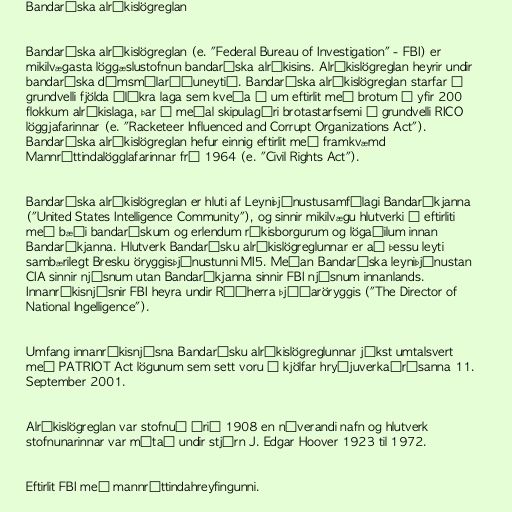
Bandaríska alríkislögreglan

Bandaríska alríkislögreglan (e. "Federal Bureau of Investigation" - FBI) er
mikilvægasta löggæslustofnun bandaríska alríkisins. Alríkislögreglan heyrir undir
bandaríska dómsmálaráðuneytið. Bandaríska alríkislögreglan starfar á
grundvelli fjölda ólíkra laga sem kveða á um eftirlit með brotum á yfir 200
flokkum alríkislaga, þar á meðal skipulagðri brotastarfsemi á grundvelli RICO
löggjafarinnar (e. "Racketeer Influenced and Corrupt Organizations Act").
Bandaríska alríkislögreglan hefur einnig eftirlit með framkvæmd
Mannréttindalögglafarinnar frá 1964 (e. "Civil Rights Act").

Bandaríska alríkislögreglan er hluti af Leyniþjónustusamfélagi Bandaríkjanna
("United States Intelligence Community"), og sinnir mikilvægu hlutverki í eftirliti
með bæði bandarískum og erlendum ríkisborgurum og lögaðilum innan
Bandaríkjanna. Hlutverk Bandarísku alríkislögreglunnar er að þessu leyti
sambærilegt Bresku öryggisþjónustunni MI5. Meðan Bandaríska leyniþjónustan
CIA sinnir njósnum utan Bandaríkjanna sinnir FBI njósnum innanlands.
Innanríkisnjósnir FBI heyra undir Ráðherra þjóðaröryggis ("The Director of
National Ingelligence").

Umfang innanríkisnjósna Bandarísku alríkislögreglunnar jókst umtalsvert
með PATRIOT Act lögunum sem sett voru í kjölfar hryðjuverkaárásanna 11.
September 2001.

Alríkislögreglan var stofnuð árið 1908 en núverandi nafn og hlutverk
stofnunarinnar var mótað undir stjórn J. Edgar Hoover 1923 til 1972.

Eftirlit FBI með mannréttindahreyfingunni.